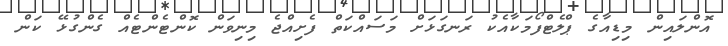
އޮންލައިން މިޑިއާގެ ޕްލެޓްފޯމަކާއެކު ރަނގަޅަށް މަސައްކަތް ފެށިއްޖެ މިނިވަން ކޮންޓެންޓެއް ގެންގުޅޭ ކަން